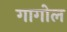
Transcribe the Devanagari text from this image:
गागोल